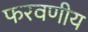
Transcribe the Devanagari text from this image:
फरवणीय